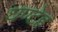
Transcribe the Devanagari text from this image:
घण्टेह